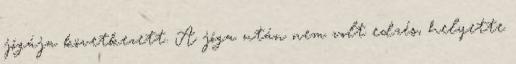
jógája következett. A jóga után nem volt edzés, helyette